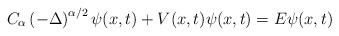
LaTeX: \begin{align*}{C}_{\alpha}\left(-\Delta\right)^{\alpha/2}\psi(x,t)+ V(x,t)\psi(x,t)=E\psi(x,t)\end{align*}